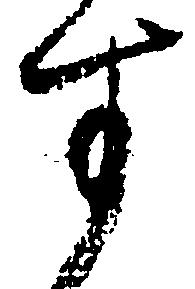
す